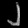
Digit: ၂